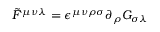
\tilde { F } ^ { \mu \nu \lambda } = \epsilon ^ { \mu \nu \rho \sigma } \partial _ { \rho } G _ { \sigma \lambda }